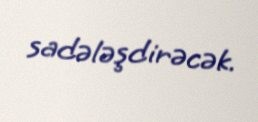
sadələşdirəcək.